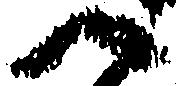
へ